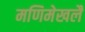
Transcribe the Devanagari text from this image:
मणिमेखलै